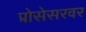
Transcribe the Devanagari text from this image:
प्रोसेसरवर